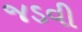
જડવી